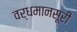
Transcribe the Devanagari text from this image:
वर्धमानसूरी